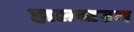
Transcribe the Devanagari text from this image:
हालबाउम